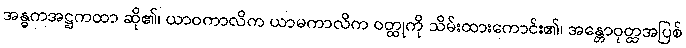
အန္ဓကအဋ္ဌကထာ ဆို၏၊ ယာဝကာလိက ယာမကာလိက ဝတ္ထုကို သိမ်းထားကောင်း၏၊ အန္တောဝုတ္ထအပြစ်